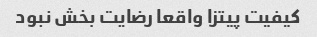
کیفیت پیتزا واقعا رضایت بخش نبود